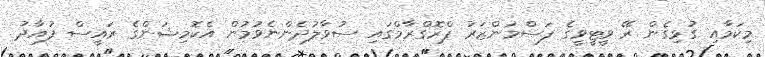
މިކަމާއި ގުޅިގެން ރޭ ވީޓީވީގެ ފަސްމަންޒަރު ޕްރޮގްރާމްގައި ސުވާލުދެންނެވުމުން އެކޮމިޝަންގެ ރައީސް ފުއާދު